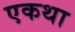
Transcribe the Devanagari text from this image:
एकथा